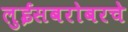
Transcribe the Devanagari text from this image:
लुईसबरोबरचे